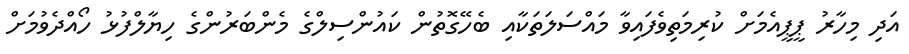
އަދި މިހާރު ޕީޕީއެމަށް ކުރިމަތިވެފައިވާ މައްސަލަތަކާއި ބެހޭގޮތުން ކައުންސިލްގެ މެންބަރުންގެ ހިޔާލްފުޅު ހޯއްދެވުމަށް